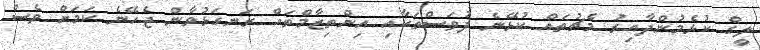
ލީގް ކުޅެމުންދާއިރު މެޗުތައް ކުޅޭނެ ދުވަސްތަކާއި އިންތިޒާމްތައް ރަނގަޅުވާން ޖެހޭނެ ކަމަށް ވެސް